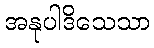
အနုပါဒိသေသာ